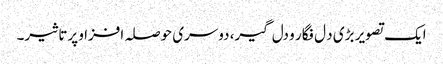
ایک تصویر بڑی د ل فگار و دل گیر، دوسری حوصلہ افزا و پرتاثیر۔